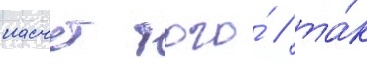
насчет того́ / та́к